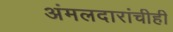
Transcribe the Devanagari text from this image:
अंमलदारांचीही